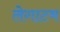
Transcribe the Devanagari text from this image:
लेगाटम